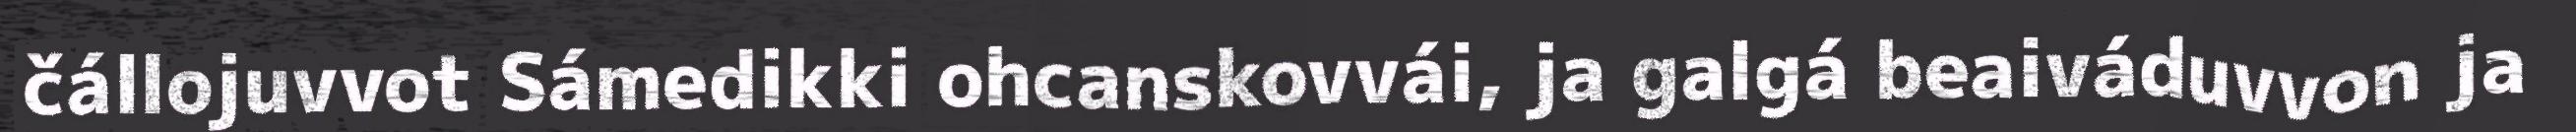
čállojuvvot Sámedikki ohcanskovvái, ja galgá beaiváduvvon ja